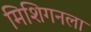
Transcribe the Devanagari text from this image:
मिशिगनला